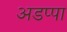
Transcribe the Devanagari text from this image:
अडप्पा